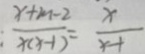
: \frac { x + m - 2 } { x ( x - 1 ) } = \frac { x } { x - 1 }